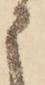
申